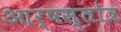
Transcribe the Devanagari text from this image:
आर्षस्तोत्र